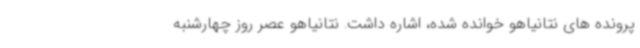
پرونده های نتانیاهو خوانده شده، اشاره داشت. نتانیاهو عصر روز چهارشنبه